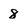
Character: 8